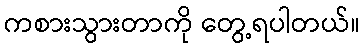
ကစားသွားတာကို တွေ့ရပါတယ်။